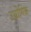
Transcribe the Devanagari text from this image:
उधोगिक